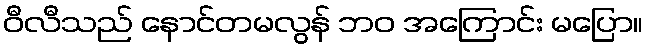
ဝီလီသည် နောင်တမလွန် ဘဝ အကြောင်း မပြော။